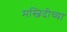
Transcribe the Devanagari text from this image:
मस्जिदीच्या